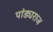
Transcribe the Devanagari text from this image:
पांड्यराज